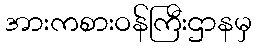
အားကစားဝန်ကြီးဌာနမှ